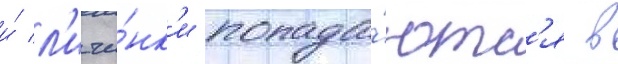
и́ л'ичи́нк'и попада́ютс'я в